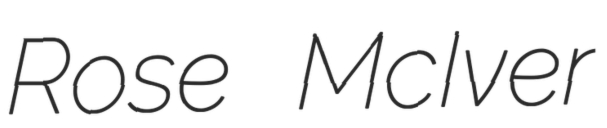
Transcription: Rose McIver